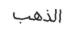
الذھب